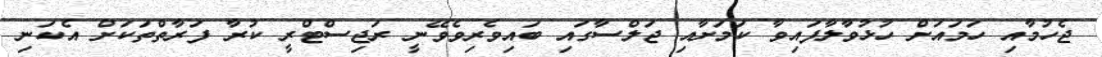
ޖެހުމާއި ހަމައަށް ހުޅުވާލާފައިވާ ކަމަށާއި ޖަލްސާގައި ބައިވެރިވެވޭނީ ރަޖިސްޓްރީ ކުރާ ފަރާތްތަކަށް އެކަނި